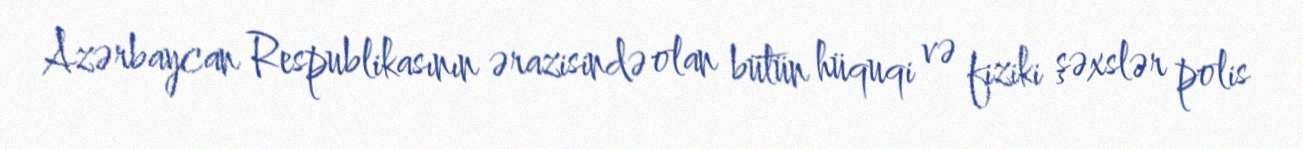
Azərbaycan Respublikasının ərazisində olan bütün hüquqi və fiziki şəxslər polis